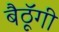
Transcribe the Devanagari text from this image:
बैठॅूगी